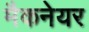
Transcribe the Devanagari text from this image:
मैकनेयर